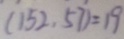
( 1 5 2 , 5 7 ) = 1 9